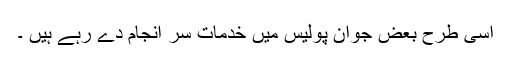
اسی طرح بعض جوان پولیس میں خدمات سر انجام دے رہے ہیں ۔